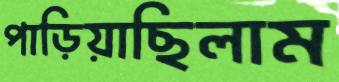
পাড়িয়াছিলাম